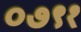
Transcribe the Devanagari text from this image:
०७९१